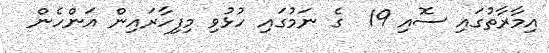
އިމާރާތުގައި ސޮއި 19  ގެ ނަމުގައި ހުޅުވި މިފިހާރައިން އަންހެން